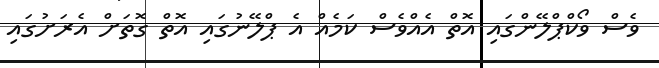
ވެސް ވޯކްޕްލޭންގައި އޮތް އެއްވެސް ކަމެއް އެ ޕްލޭނުގައި އޮތް ގޮތަށް އެރަށުގައި